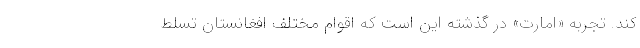
كند. تجربه «امارت» در گذشته اين است كه اقوام مختلف افغانستان تسلط